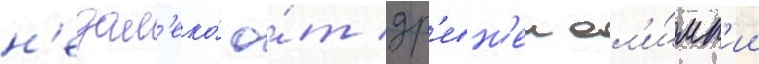
н'едал'еко́ о́т др'евн'еи ол'и́мп'ии